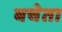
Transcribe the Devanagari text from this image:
बचेता